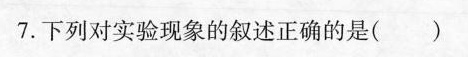
7.下列对实验现象的叙述正确的是( )